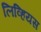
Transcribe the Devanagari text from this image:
लिव्हियस